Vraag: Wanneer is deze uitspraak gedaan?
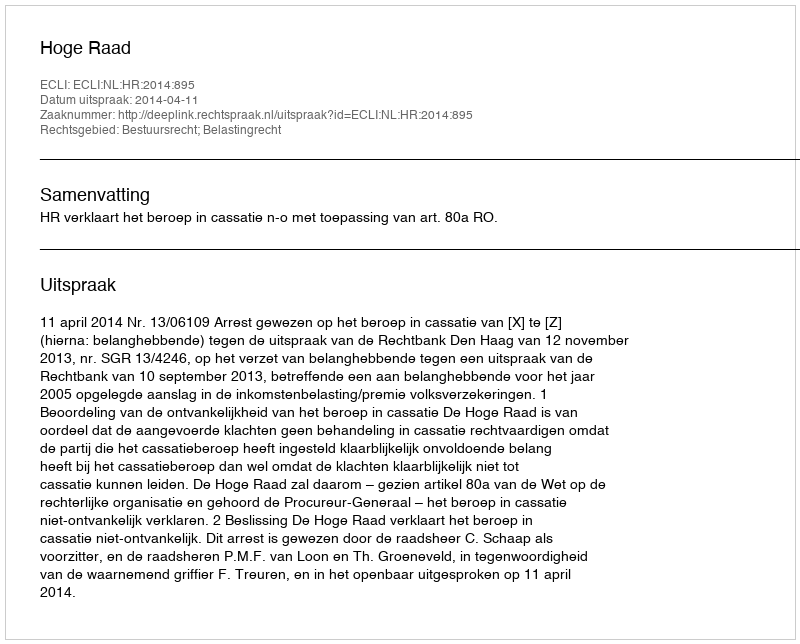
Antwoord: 2014-04-11